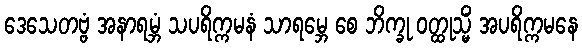
ဒေသေတဗ္ဗံ အနာရမ္ဘံ သပရိက္ကမနံ သာရမ္ဘေ စေ ဘိက္ခု ဝတ္ထုသ္မိံ အပရိက္ကမနေ